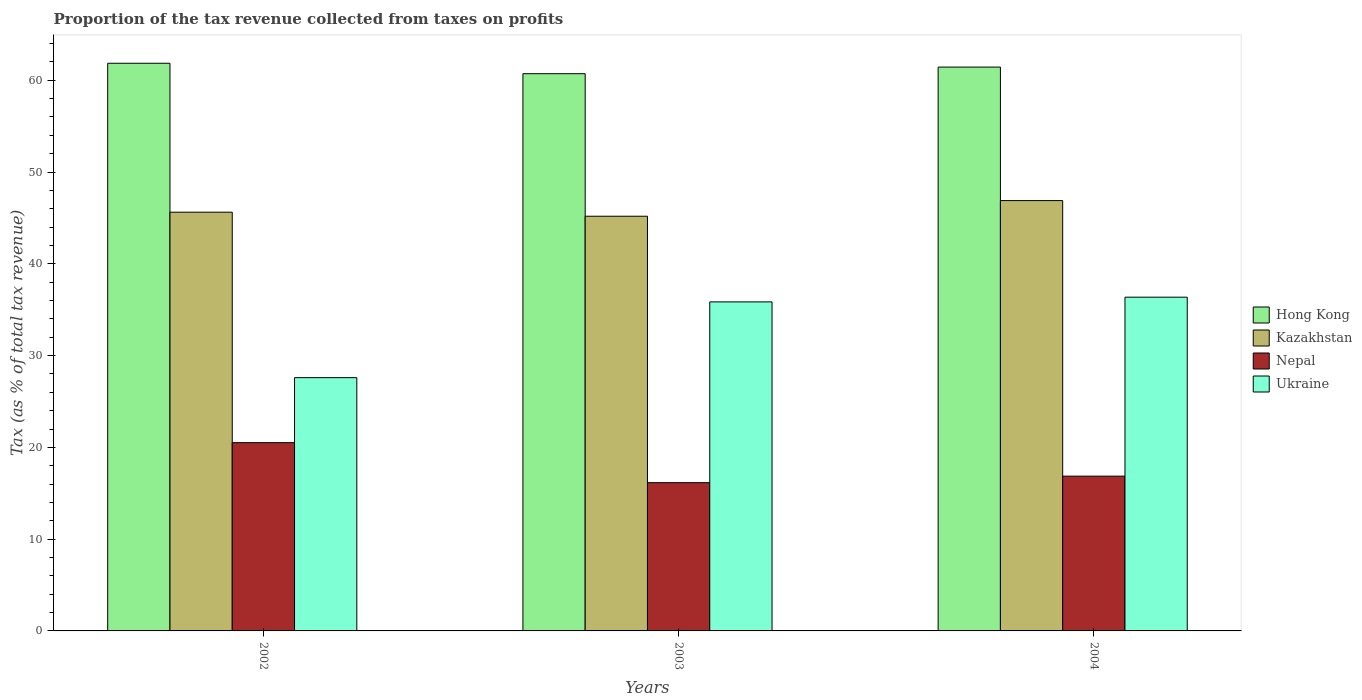
| Years | Hong Kong | Kazakhstan | Nepal | Ukraine |
 | --- | --- | --- | --- | --- |
 | 2002 | 61.8 | 45.6 | 20.5 | 27.6 |
 | 2003 | 60.7 | 45.2 | 16.2 | 35.9 |
 | 2004 | 61.4 | 46.9 | 16.9 | 36.4 |